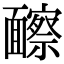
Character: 𩉐